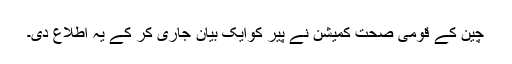
چین کے قومی صحت کمیشن نے پیر كوایک بیان جاری کر کے یہ اطلاع دی۔